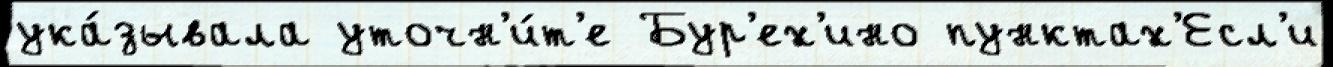
ука́зывала уточн'и́т'е Бур'ех'ино пунктах'Есл'и